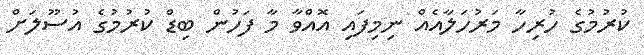
ކުރުމުގެ ހުރިހާ މަރުހަލާއެއް ނިމިފައި އޮއްވާ މާ ފަހުން ބިޑް ކުރުމުގެ އުސޫލަށް